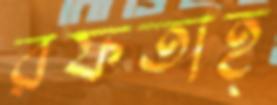
রফতাহ্